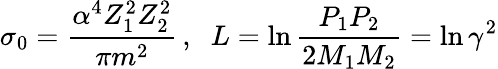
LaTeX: \sigma_{0}=\frac{\alpha^{4}Z_{1}^{2}Z_{2}^{2}}{\pi m^{2}}\, ,\; \; L=\ln{\frac{P_{1}P_{2}}{2M_{1}M_{2}}}=\ln{\gamma^{2}}